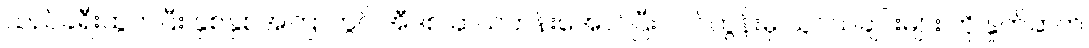
သည်ခရီးထွက်ပြီး နှစ်နှစ်အကြာတွင် အီဒစ် ဆယ်တန်းအောင်ပြီး လင်ကွန်းမှ သူငယ်ချင်းများ ကို နှုတ်ဆက်